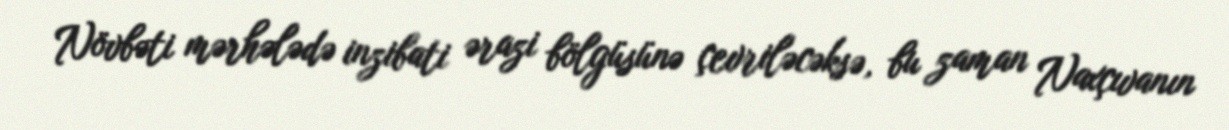
Növbəti mərhələdə inzibati ərazi bölgüsünə çevriləcəksə, bu zaman Naxçıvanın